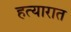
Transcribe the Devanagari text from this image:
हत्यारात